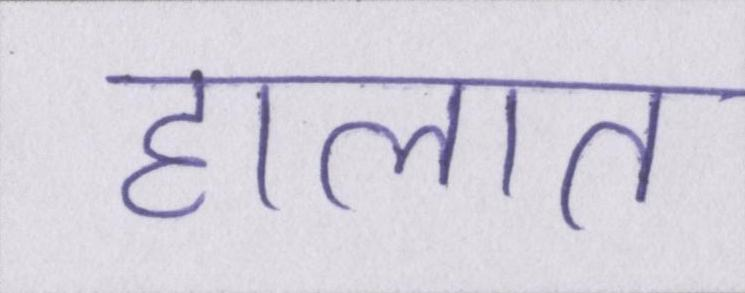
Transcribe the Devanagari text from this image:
हालात